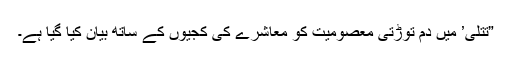
”تتلی’ میں دم توڑتی معصومیت کو معاشرے کی کجیوں کے ساتھ بیان کیا گیا ہے۔